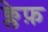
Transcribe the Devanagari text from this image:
क्लेफ़